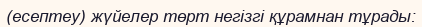
(есептеу) жүйелер төрт негізгі құрамнан тұрады: